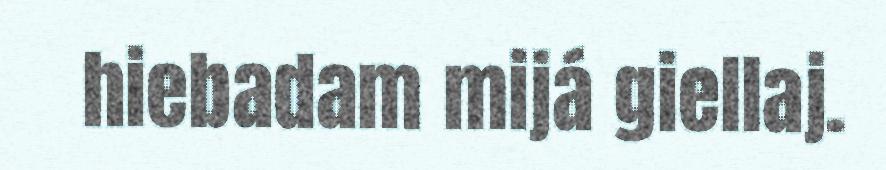
hiebadam mijá giellaj.